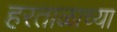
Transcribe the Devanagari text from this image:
हरताळाच्या